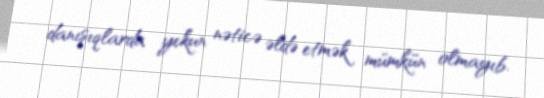
danışıqlarda yekun nəticə əldə etmək mümkün olmayıb.